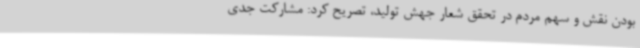
بودن نقش و سهم مردم در تحقق شعار جهش تولید، تصریح کرد: مشارکت جدی